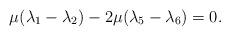
LaTeX: \begin{align*}\mu (\lambda _{1}-\lambda _{2})-2\mu (\lambda _{5}-\lambda _{6})=0.\end{align*}